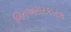
બિનઅસરકારક